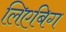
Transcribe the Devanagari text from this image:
लिएबिग